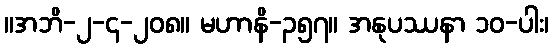
။အဘိ-၂-၄-၂၀၈။ မဟာနိ-၃၅၇။ အနုပဿနာ ၁၀-ပါး၊